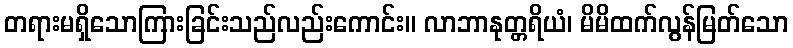
တရားမရှိသောကြားခြင်းသည်လည်းကောင်း။ လာဘာနုတ္တရိယံ၊ မိမိထက်လွန်မြတ်သော